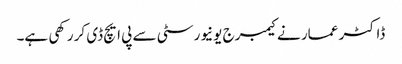
ڈاکٹر عمار نے کیمبرج یونیورسٹی سے پی ایچ ڈی کر رکھی ہے۔